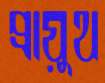
প্রায়ুথ